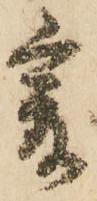
爰